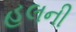
હલની